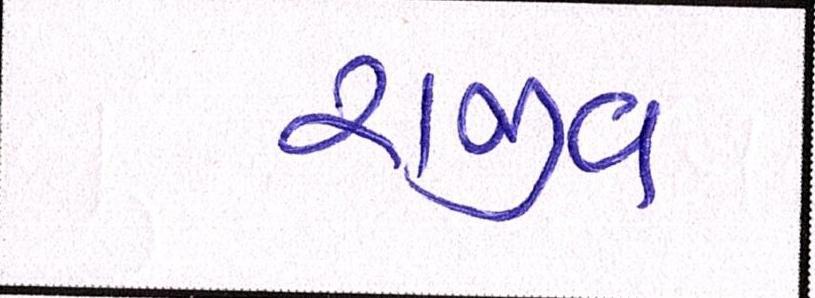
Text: રાજીવ